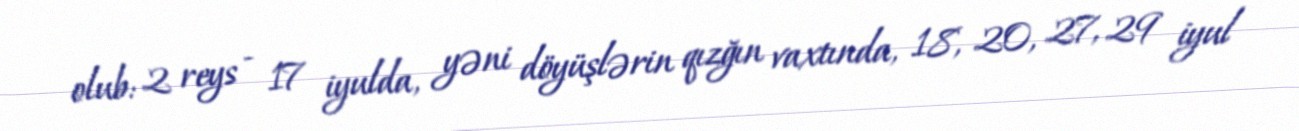
olub: 2 reys - 17 iyulda, yəni döyüşlərin qızğın vaxtında, 18, 20, 27, 29 iyul